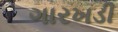
ગારખડી